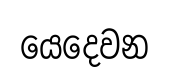
යෙදෙවන